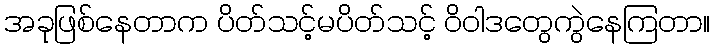
အခုဖြစ်နေတာက ပိတ်သင့်မပိတ်သင့် ဝိဝါဒတွေကွဲနေကြတာ။